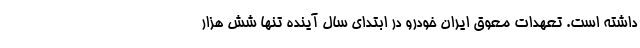
داشته است. تعهدات معوق ایران خودرو در ابتدای سال آینده تنها شش هزار